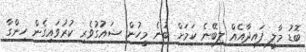
ބޮޑު މާލީ ފައިދާއެއް ލިބޭނެ ކަމަށް ބުނެ މީހުން ޝައުގުވެރި ކުރުވައިގެން ހިންގާ